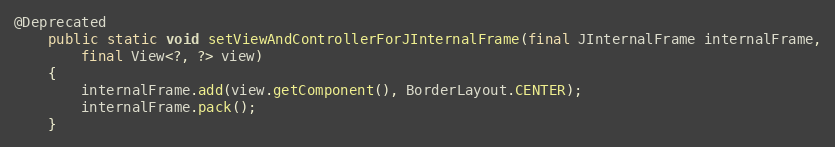
Language: Java
@Deprecated
	public static void setViewAndControllerForJInternalFrame(final JInternalFrame internalFrame,
		final View<?, ?> view)
	{
		internalFrame.add(view.getComponent(), BorderLayout.CENTER);
		internalFrame.pack();
	}